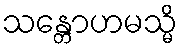
သန္တောဟမသ္မိ